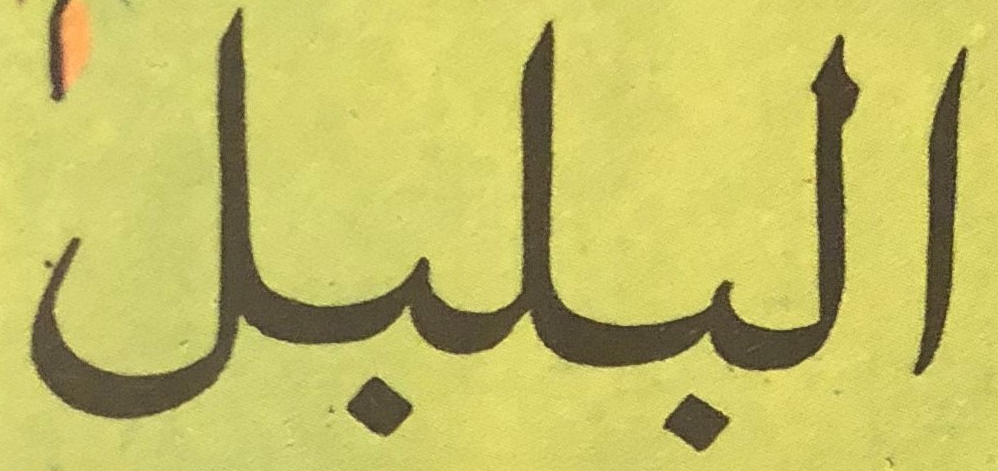
البلبل